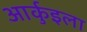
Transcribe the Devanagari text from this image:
आर्कुइला